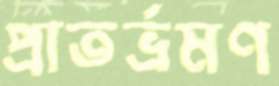
প্রাতর্ভ্রমণ